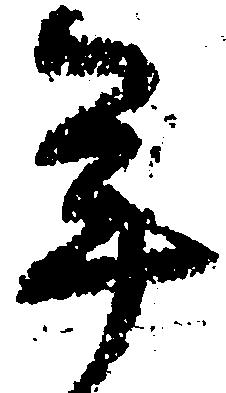
年